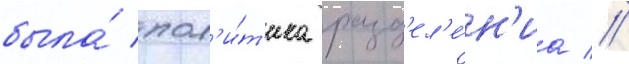
была́ пол'и́т'ика разд'ел'е́н'иа //